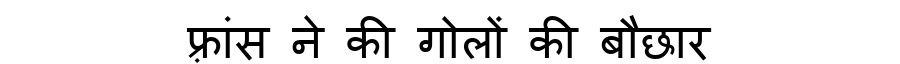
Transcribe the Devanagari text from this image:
फ़्रांस ने की गोलों की बौछार